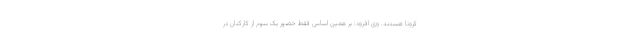
کرونا هستند. وی افزود: بر همین اساس فقط حضور یک سوم از کارکنان در